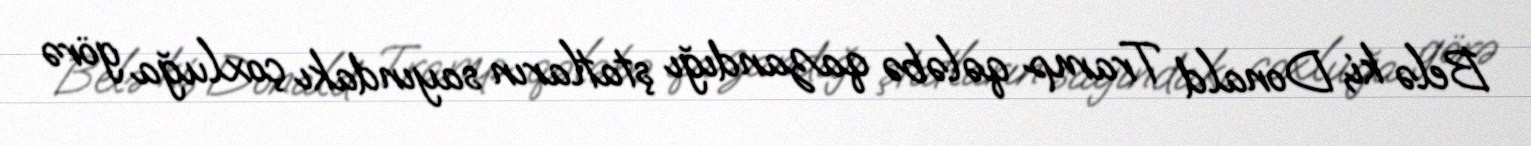
Belə ki, Donald Tramp qələbə qazandığı ştatların sayındakı çoxluğa görə